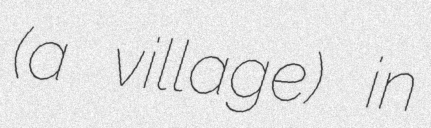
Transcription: (a village) in